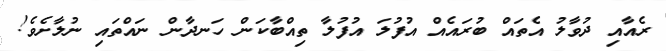
ރެއާއި ދުވާލު އެތައް ބުރައެއް އުފުލަ އުފުލާ ތިއްބާކަން ހަނދާން ނައްތައި ނުލާށެވެ!